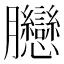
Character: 𦣛